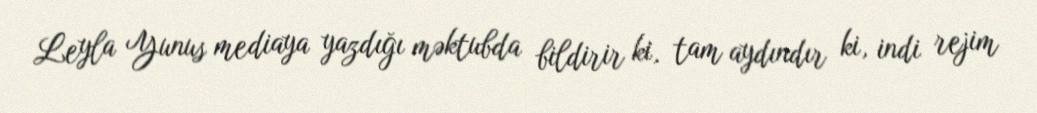
Leyla Yunus mediaya yazdığı məktubda bildirir ki, tam aydındır ki, indi rejim